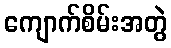
ကျောက်စိမ်းအတွဲ